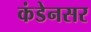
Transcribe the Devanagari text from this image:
कंडेनसर